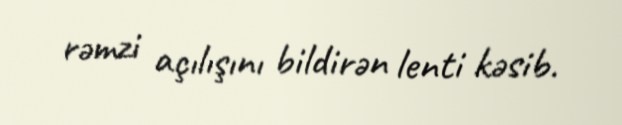
rəmzi açılışını bildirən lenti kəsib.